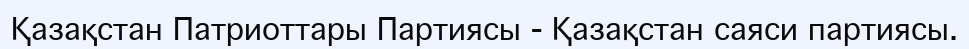
Қазақстан Патриоттары Партиясы - Қазақстан саяси партиясы.